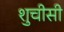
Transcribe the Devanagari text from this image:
शुचीसी